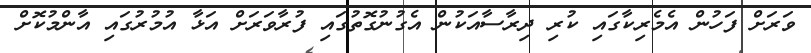
ވަރަށް ފަހުން އެމެރިކާގައި ކުރި ދިރާސާއަކުން އެގުނުގޮތުގައި ފުރާވަރަށް އަޅާ އުމުރުގައި އާންމުކޮށް